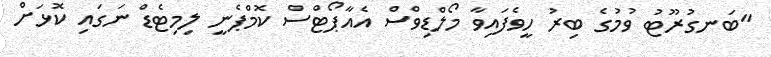
"ބަނގުރޫޓު ވުމުގެ ބިރު ހީވެފައިވާ މޯލްޑިވްސް އެއާޕޯޓްސް ކޮމްޕެނީ ލިމިޓެޑް ނަގައި ކޮޅަށް